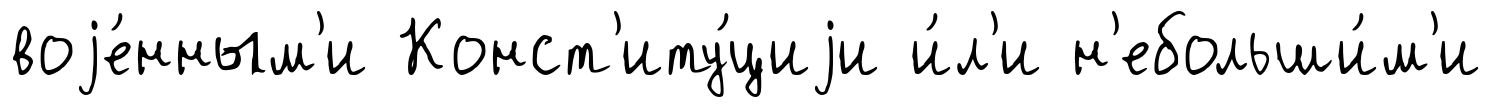
воjе́нным'и Конст'иту́циjи и́л'и н'ебольши́м'и